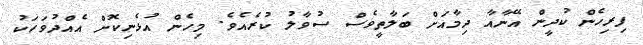
ފިރިހެން ކުދީން އޭނާއާ ދިމާއަށް ބަލާތީވެސް ސުވާލު ކުރެއެވެ. މިހެން އުޅެނިކޮށް އެއްދުވަހަކު